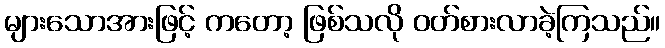
များသောအားဖြင့် ကတော့ ဖြစ်သလို ဝတ်စားလာခဲ့ကြသည်။